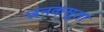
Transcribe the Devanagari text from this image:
जनकसुता